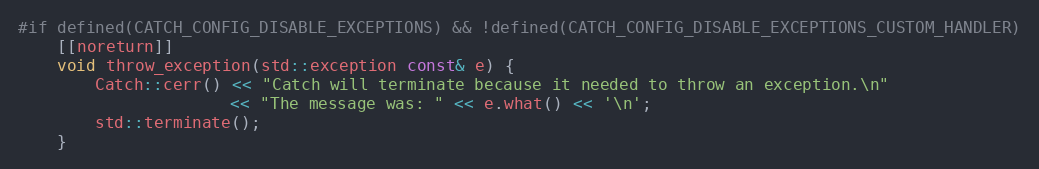
Language: C++
#if defined(CATCH_CONFIG_DISABLE_EXCEPTIONS) && !defined(CATCH_CONFIG_DISABLE_EXCEPTIONS_CUSTOM_HANDLER)
    [[noreturn]]
    void throw_exception(std::exception const& e) {
        Catch::cerr() << "Catch will terminate because it needed to throw an exception.\n"
                      << "The message was: " << e.what() << '\n';
        std::terminate();
    }